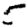
Digit: 5